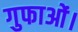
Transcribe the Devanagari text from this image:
गुफाओं।